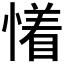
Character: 𰒐